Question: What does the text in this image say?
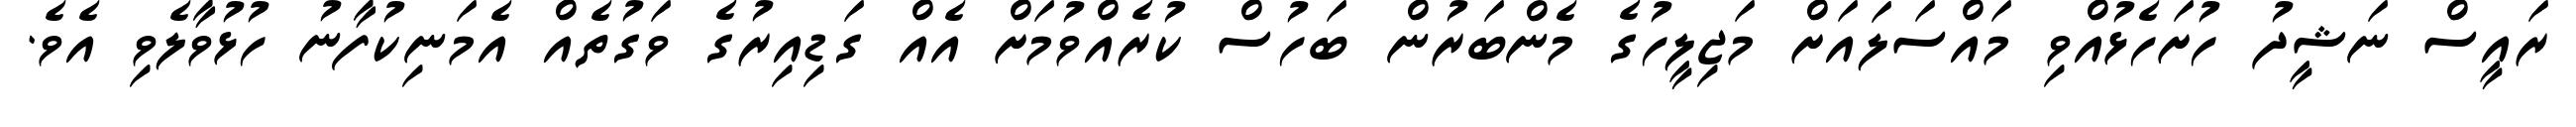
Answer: ރައީސް ނަޝީދު ހުށަހެޅުއްވި މައްސަލައަށް މަޖިލީހުގެ މެންބަރުން ބަހުސް ކުރެއްވުމަށް އެއް ގަޑިއިރުގެ ވަގުތެއް އެމަނިކުފާނު ހުޅުވާލެވި އެވެ.